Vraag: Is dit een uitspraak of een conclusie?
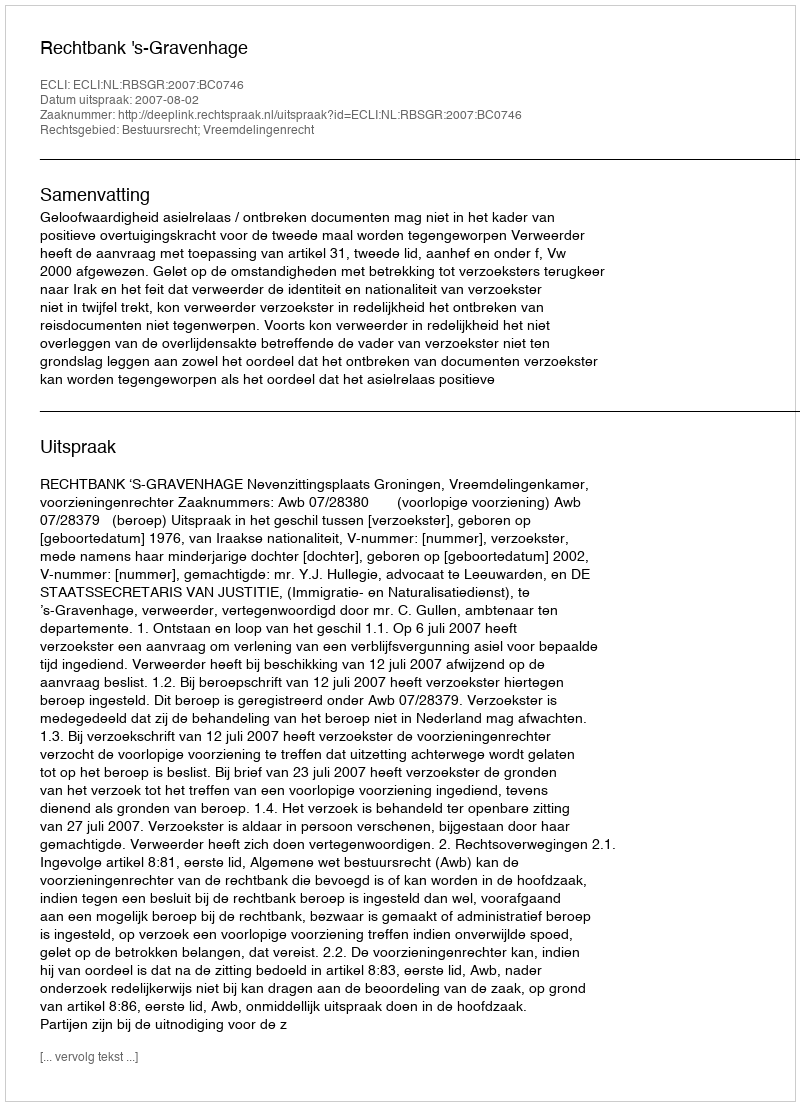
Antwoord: Uitspraak